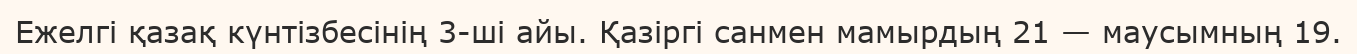
Ежелгі қазақ күнтізбесінің 3-ші айы. Қазіргі санмен мамырдың 21 — маусымның 19.